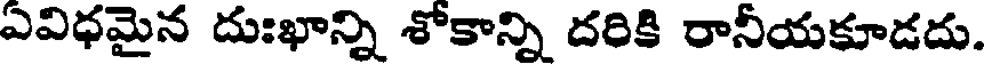
ఎవిధమైన దుఃఖాన్ని శోకాన్ని దరికి రానీయకూడదు.